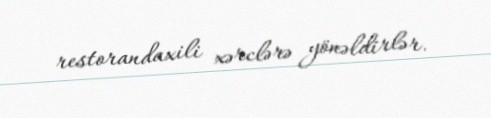
restorandaxili xərclərə yönəldirlər.